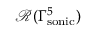
\mathcal { R } ( \Gamma _ { \mathrm { { s o n i c } } } ^ { 5 } )